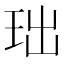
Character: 𮴍